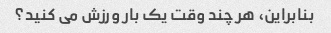
بنابراین، هر چند وقت یک بار ورزش می کنید؟